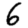
Digit: 6